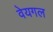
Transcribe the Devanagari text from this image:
वेयगल